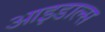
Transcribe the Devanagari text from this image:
आइडाल्स